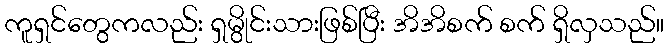
ကူရှင်တွေကလည်း ရှမွိုင်းသားဖြစ်ပြီး အိအိစက် စက် ရှိလှသည်။